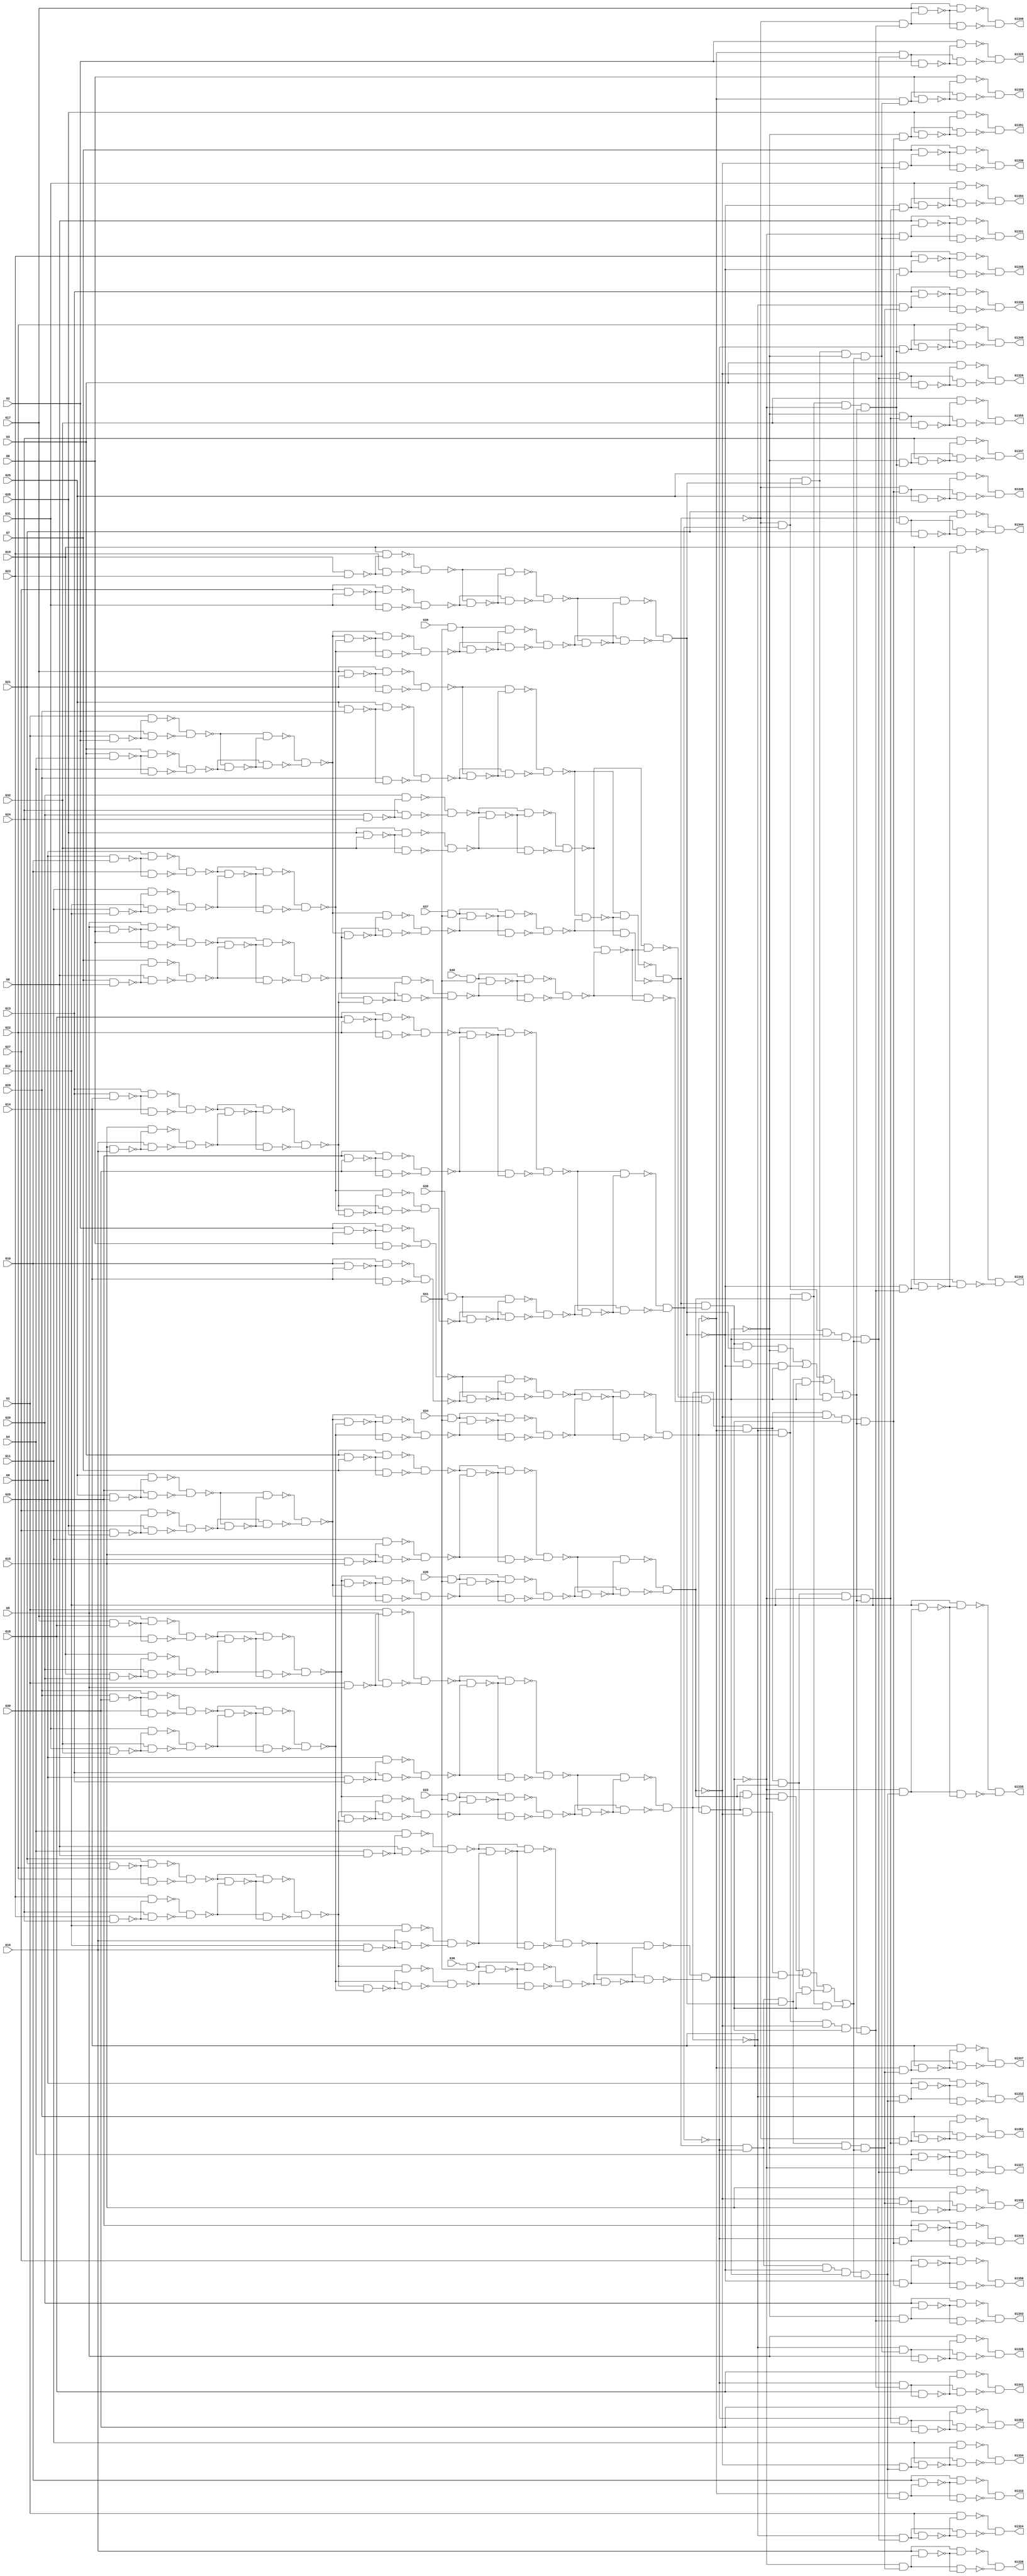
module c1355(G1,G10,G11,G12,G13,G1324,G1325,G1326,G1327,G1328,G1329,G1330,
  G1331,G1332,G1333,G1334,G1335,G1336,G1337,G1338,G1339,G1340,G1341,G1342,
  G1343,G1344,G1345,G1346,G1347,G1348,G1349,G1350,G1351,G1352,G1353,G1354,
  G1355,G14,G15,G16,G17,G18,G19,G2,G20,G21,G22,G23,G24,G25,G26,G27,G28,G29,G3,
  G30,G31,G32,G33,G34,G35,G36,G37,G38,G39,G4,G40,G41,G5,G6,G7,G8,G9);
input G1,G2,G3,G4,G5,G6,G7,G8,G9,G10,G11,G12,G13,G14,G15,G16,G17,G18,G19,G20,
  G21,G22,G23,G24,G25,G26,G27,G28,G29,G30,G31,G32,G33,G34,G35,G36,G37,G38,G39,
  G40,G41;
output G1324,G1325,G1326,G1327,G1328,G1329,G1330,G1331,G1332,G1333,G1334,G1335,
  G1336,G1337,G1338,G1339,G1340,G1341,G1342,G1343,G1344,G1345,G1346,G1347,
  G1348,G1349,G1350,G1351,G1352,G1353,G1354,G1355;

  wire G242,G245,G248,G251,G254,G257,G260,G263,G266,G269,G272,G275,G278,G281,
    G284,G287,G290,G293,G296,G299,G302,G305,G308,G311,G314,G317,G320,G323,G326,
    G329,G332,G335,G338,G341,G344,G347,G350,G353,G356,G359,G362,G363,G364,G365,
    G366,G367,G368,G369,G370,G371,G372,G373,G374,G375,G376,G377,G378,G379,G380,
    G381,G382,G383,G384,G385,G386,G387,G388,G389,G390,G391,G392,G393,G394,G395,
    G396,G397,G398,G399,G400,G401,G402,G403,G404,G405,G406,G407,G408,G409,G410,
    G411,G412,G413,G414,G415,G416,G417,G418,G419,G420,G421,G422,G423,G424,G425,
    G426,G429,G432,G435,G438,G441,G444,G447,G450,G453,G456,G459,G462,G465,G468,
    G471,G474,G477,G480,G483,G486,G489,G492,G495,G498,G501,G504,G507,G510,G513,
    G516,G519,G522,G525,G528,G531,G534,G537,G540,G543,G546,G549,G552,G555,G558,
    G561,G564,G567,G570,G571,G572,G573,G574,G575,G576,G577,G578,G579,G580,G581,
    G582,G583,G584,G585,G586,G587,G588,G589,G590,G591,G592,G593,G594,G595,G596,
    G597,G598,G599,G600,G601,G602,G607,G612,G617,G622,G627,G632,G637,G642,G645,
    G648,G651,G654,G657,G660,G663,G666,G669,G672,G675,G678,G681,G684,G687,G690,
    G691,G692,G693,G694,G695,G696,G697,G698,G699,G700,G701,G702,G703,G704,G705,
    G706,G709,G712,G715,G718,G721,G724,G727,G730,G733,G736,G739,G742,G745,G748,
    G751,G754,G755,G756,G757,G758,G759,G760,G761,G762,G763,G764,G765,G766,G767,
    G768,G769,G770,G773,G776,G779,G782,G785,G788,G791,G794,G797,G800,G803,G806,
    G809,G812,G815,G818,G819,G820,G821,G822,G823,G824,G825,G826,G827,G828,G829,
    G830,G831,G832,G833,G834,G847,G860,G873,G886,G899,G912,G925,G938,G939,G940,
    G941,G942,G943,G944,G945,G946,G947,G948,G949,G950,G951,G952,G953,G954,G955,
    G956,G957,G958,G959,G960,G961,G962,G963,G964,G965,G966,G967,G968,G969,G970,
    G971,G972,G973,G974,G975,G976,G977,G978,G979,G980,G981,G982,G983,G984,G985,
    G986,G991,G996,G1001,G1006,G1011,G1016,G1021,G1026,G1031,G1036,G1039,G1042,
    G1045,G1048,G1051,G1054,G1057,G1060,G1063,G1066,G1069,G1072,G1075,G1078,
    G1081,G1084,G1087,G1090,G1093,G1096,G1099,G1102,G1105,G1108,G1111,G1114,
    G1117,G1120,G1123,G1126,G1129,G1132,G1135,G1138,G1141,G1144,G1147,G1150,
    G1153,G1156,G1159,G1162,G1165,G1168,G1171,G1174,G1177,G1180,G1183,G1186,
    G1189,G1192,G1195,G1198,G1201,G1204,G1207,G1210,G1213,G1216,G1219,G1222,
    G1225,G1228,G1229,G1230,G1231,G1232,G1233,G1234,G1235,G1236,G1237,G1238,
    G1239,G1240,G1241,G1242,G1243,G1244,G1245,G1246,G1247,G1248,G1249,G1250,
    G1251,G1252,G1253,G1254,G1255,G1256,G1257,G1258,G1259,G1260,G1261,G1262,
    G1263,G1264,G1265,G1266,G1267,G1268,G1269,G1270,G1271,G1272,G1273,G1274,
    G1275,G1276,G1277,G1278,G1279,G1280,G1281,G1282,G1283,G1284,G1285,G1286,
    G1287,G1288,G1289,G1290,G1291,G1292,G1293,G1294,G1295,G1296,G1297,G1298,
    G1299,G1300,G1301,G1302,G1303,G1304,G1305,G1306,G1307,G1308,G1309,G1310,
    G1311,G1312,G1313,G1314,G1315,G1316,G1317,G1318,G1319,G1320,G1321,G1322,
    G1323;

  and AND2_0(G242,G33,G41);
  and AND2_1(G245,G34,G41);
  and AND2_2(G248,G35,G41);
  and AND2_3(G251,G36,G41);
  and AND2_4(G254,G37,G41);
  and AND2_5(G257,G38,G41);
  and AND2_6(G260,G39,G41);
  and AND2_7(G263,G40,G41);
  nand NAND2_0(G266,G1,G2);
  nand NAND2_1(G269,G3,G4);
  nand NAND2_2(G272,G5,G6);
  nand NAND2_3(G275,G7,G8);
  nand NAND2_4(G278,G9,G10);
  nand NAND2_5(G281,G11,G12);
  nand NAND2_6(G284,G13,G14);
  nand NAND2_7(G287,G15,G16);
  nand NAND2_8(G290,G17,G18);
  nand NAND2_9(G293,G19,G20);
  nand NAND2_10(G296,G21,G22);
  nand NAND2_11(G299,G23,G24);
  nand NAND2_12(G302,G25,G26);
  nand NAND2_13(G305,G27,G28);
  nand NAND2_14(G308,G29,G30);
  nand NAND2_15(G311,G31,G32);
  nand NAND2_16(G314,G1,G5);
  nand NAND2_17(G317,G9,G13);
  nand NAND2_18(G320,G2,G6);
  nand NAND2_19(G323,G10,G14);
  nand NAND2_20(G326,G3,G7);
  nand NAND2_21(G329,G11,G15);
  nand NAND2_22(G332,G4,G8);
  nand NAND2_23(G335,G12,G16);
  nand NAND2_24(G338,G17,G21);
  nand NAND2_25(G341,G25,G29);
  nand NAND2_26(G344,G18,G22);
  nand NAND2_27(G347,G26,G30);
  nand NAND2_28(G350,G19,G23);
  nand NAND2_29(G353,G27,G31);
  nand NAND2_30(G356,G20,G24);
  nand NAND2_31(G359,G28,G32);
  nand NAND2_32(G362,G1,G266);
  nand NAND2_33(G363,G2,G266);
  nand NAND2_34(G364,G3,G269);
  nand NAND2_35(G365,G4,G269);
  nand NAND2_36(G366,G5,G272);
  nand NAND2_37(G367,G6,G272);
  nand NAND2_38(G368,G7,G275);
  nand NAND2_39(G369,G8,G275);
  nand NAND2_40(G370,G9,G278);
  nand NAND2_41(G371,G10,G278);
  nand NAND2_42(G372,G11,G281);
  nand NAND2_43(G373,G12,G281);
  nand NAND2_44(G374,G13,G284);
  nand NAND2_45(G375,G14,G284);
  nand NAND2_46(G376,G15,G287);
  nand NAND2_47(G377,G16,G287);
  nand NAND2_48(G378,G17,G290);
  nand NAND2_49(G379,G18,G290);
  nand NAND2_50(G380,G19,G293);
  nand NAND2_51(G381,G20,G293);
  nand NAND2_52(G382,G21,G296);
  nand NAND2_53(G383,G22,G296);
  nand NAND2_54(G384,G23,G299);
  nand NAND2_55(G385,G24,G299);
  nand NAND2_56(G386,G25,G302);
  nand NAND2_57(G387,G26,G302);
  nand NAND2_58(G388,G27,G305);
  nand NAND2_59(G389,G28,G305);
  nand NAND2_60(G390,G29,G308);
  nand NAND2_61(G391,G30,G308);
  nand NAND2_62(G392,G31,G311);
  nand NAND2_63(G393,G32,G311);
  nand NAND2_64(G394,G1,G314);
  nand NAND2_65(G395,G5,G314);
  nand NAND2_66(G396,G9,G317);
  nand NAND2_67(G397,G13,G317);
  nand NAND2_68(G398,G2,G320);
  nand NAND2_69(G399,G6,G320);
  nand NAND2_70(G400,G10,G323);
  nand NAND2_71(G401,G14,G323);
  nand NAND2_72(G402,G3,G326);
  nand NAND2_73(G403,G7,G326);
  nand NAND2_74(G404,G11,G329);
  nand NAND2_75(G405,G15,G329);
  nand NAND2_76(G406,G4,G332);
  nand NAND2_77(G407,G8,G332);
  nand NAND2_78(G408,G12,G335);
  nand NAND2_79(G409,G16,G335);
  nand NAND2_80(G410,G17,G338);
  nand NAND2_81(G411,G21,G338);
  nand NAND2_82(G412,G25,G341);
  nand NAND2_83(G413,G29,G341);
  nand NAND2_84(G414,G18,G344);
  nand NAND2_85(G415,G22,G344);
  nand NAND2_86(G416,G26,G347);
  nand NAND2_87(G417,G30,G347);
  nand NAND2_88(G418,G19,G350);
  nand NAND2_89(G419,G23,G350);
  nand NAND2_90(G420,G27,G353);
  nand NAND2_91(G421,G31,G353);
  nand NAND2_92(G422,G20,G356);
  nand NAND2_93(G423,G24,G356);
  nand NAND2_94(G424,G28,G359);
  nand NAND2_95(G425,G32,G359);
  nand NAND2_96(G426,G362,G363);
  nand NAND2_97(G429,G364,G365);
  nand NAND2_98(G432,G366,G367);
  nand NAND2_99(G435,G368,G369);
  nand NAND2_100(G438,G370,G371);
  nand NAND2_101(G441,G372,G373);
  nand NAND2_102(G444,G374,G375);
  nand NAND2_103(G447,G376,G377);
  nand NAND2_104(G450,G378,G379);
  nand NAND2_105(G453,G380,G381);
  nand NAND2_106(G456,G382,G383);
  nand NAND2_107(G459,G384,G385);
  nand NAND2_108(G462,G386,G387);
  nand NAND2_109(G465,G388,G389);
  nand NAND2_110(G468,G390,G391);
  nand NAND2_111(G471,G392,G393);
  nand NAND2_112(G474,G394,G395);
  nand NAND2_113(G477,G396,G397);
  nand NAND2_114(G480,G398,G399);
  nand NAND2_115(G483,G400,G401);
  nand NAND2_116(G486,G402,G403);
  nand NAND2_117(G489,G404,G405);
  nand NAND2_118(G492,G406,G407);
  nand NAND2_119(G495,G408,G409);
  nand NAND2_120(G498,G410,G411);
  nand NAND2_121(G501,G412,G413);
  nand NAND2_122(G504,G414,G415);
  nand NAND2_123(G507,G416,G417);
  nand NAND2_124(G510,G418,G419);
  nand NAND2_125(G513,G420,G421);
  nand NAND2_126(G516,G422,G423);
  nand NAND2_127(G519,G424,G425);
  nand NAND2_128(G522,G426,G429);
  nand NAND2_129(G525,G432,G435);
  nand NAND2_130(G528,G438,G441);
  nand NAND2_131(G531,G444,G447);
  nand NAND2_132(G534,G450,G453);
  nand NAND2_133(G537,G456,G459);
  nand NAND2_134(G540,G462,G465);
  nand NAND2_135(G543,G468,G471);
  nand NAND2_136(G546,G474,G477);
  nand NAND2_137(G549,G480,G483);
  nand NAND2_138(G552,G486,G489);
  nand NAND2_139(G555,G492,G495);
  nand NAND2_140(G558,G498,G501);
  nand NAND2_141(G561,G504,G507);
  nand NAND2_142(G564,G510,G513);
  nand NAND2_143(G567,G516,G519);
  nand NAND2_144(G570,G426,G522);
  nand NAND2_145(G571,G429,G522);
  nand NAND2_146(G572,G432,G525);
  nand NAND2_147(G573,G435,G525);
  nand NAND2_148(G574,G438,G528);
  nand NAND2_149(G575,G441,G528);
  nand NAND2_150(G576,G444,G531);
  nand NAND2_151(G577,G447,G531);
  nand NAND2_152(G578,G450,G534);
  nand NAND2_153(G579,G453,G534);
  nand NAND2_154(G580,G456,G537);
  nand NAND2_155(G581,G459,G537);
  nand NAND2_156(G582,G462,G540);
  nand NAND2_157(G583,G465,G540);
  nand NAND2_158(G584,G468,G543);
  nand NAND2_159(G585,G471,G543);
  nand NAND2_160(G586,G474,G546);
  nand NAND2_161(G587,G477,G546);
  nand NAND2_162(G588,G480,G549);
  nand NAND2_163(G589,G483,G549);
  nand NAND2_164(G590,G486,G552);
  nand NAND2_165(G591,G489,G552);
  nand NAND2_166(G592,G492,G555);
  nand NAND2_167(G593,G495,G555);
  nand NAND2_168(G594,G498,G558);
  nand NAND2_169(G595,G501,G558);
  nand NAND2_170(G596,G504,G561);
  nand NAND2_171(G597,G507,G561);
  nand NAND2_172(G598,G510,G564);
  nand NAND2_173(G599,G513,G564);
  nand NAND2_174(G600,G516,G567);
  nand NAND2_175(G601,G519,G567);
  nand NAND2_176(G602,G570,G571);
  nand NAND2_177(G607,G572,G573);
  nand NAND2_178(G612,G574,G575);
  nand NAND2_179(G617,G576,G577);
  nand NAND2_180(G622,G578,G579);
  nand NAND2_181(G627,G580,G581);
  nand NAND2_182(G632,G582,G583);
  nand NAND2_183(G637,G584,G585);
  nand NAND2_184(G642,G586,G587);
  nand NAND2_185(G645,G588,G589);
  nand NAND2_186(G648,G590,G591);
  nand NAND2_187(G651,G592,G593);
  nand NAND2_188(G654,G594,G595);
  nand NAND2_189(G657,G596,G597);
  nand NAND2_190(G660,G598,G599);
  nand NAND2_191(G663,G600,G601);
  nand NAND2_192(G666,G602,G607);
  nand NAND2_193(G669,G612,G617);
  nand NAND2_194(G672,G602,G612);
  nand NAND2_195(G675,G607,G617);
  nand NAND2_196(G678,G622,G627);
  nand NAND2_197(G681,G632,G637);
  nand NAND2_198(G684,G622,G632);
  nand NAND2_199(G687,G627,G637);
  nand NAND2_200(G690,G602,G666);
  nand NAND2_201(G691,G607,G666);
  nand NAND2_202(G692,G612,G669);
  nand NAND2_203(G693,G617,G669);
  nand NAND2_204(G694,G602,G672);
  nand NAND2_205(G695,G612,G672);
  nand NAND2_206(G696,G607,G675);
  nand NAND2_207(G697,G617,G675);
  nand NAND2_208(G698,G622,G678);
  nand NAND2_209(G699,G627,G678);
  nand NAND2_210(G700,G632,G681);
  nand NAND2_211(G701,G637,G681);
  nand NAND2_212(G702,G622,G684);
  nand NAND2_213(G703,G632,G684);
  nand NAND2_214(G704,G627,G687);
  nand NAND2_215(G705,G637,G687);
  nand NAND2_216(G706,G690,G691);
  nand NAND2_217(G709,G692,G693);
  nand NAND2_218(G712,G694,G695);
  nand NAND2_219(G715,G696,G697);
  nand NAND2_220(G718,G698,G699);
  nand NAND2_221(G721,G700,G701);
  nand NAND2_222(G724,G702,G703);
  nand NAND2_223(G727,G704,G705);
  nand NAND2_224(G730,G242,G718);
  nand NAND2_225(G733,G245,G721);
  nand NAND2_226(G736,G248,G724);
  nand NAND2_227(G739,G251,G727);
  nand NAND2_228(G742,G254,G706);
  nand NAND2_229(G745,G257,G709);
  nand NAND2_230(G748,G260,G712);
  nand NAND2_231(G751,G263,G715);
  nand NAND2_232(G754,G242,G730);
  nand NAND2_233(G755,G718,G730);
  nand NAND2_234(G756,G245,G733);
  nand NAND2_235(G757,G721,G733);
  nand NAND2_236(G758,G248,G736);
  nand NAND2_237(G759,G724,G736);
  nand NAND2_238(G760,G251,G739);
  nand NAND2_239(G761,G727,G739);
  nand NAND2_240(G762,G254,G742);
  nand NAND2_241(G763,G706,G742);
  nand NAND2_242(G764,G257,G745);
  nand NAND2_243(G765,G709,G745);
  nand NAND2_244(G766,G260,G748);
  nand NAND2_245(G767,G712,G748);
  nand NAND2_246(G768,G263,G751);
  nand NAND2_247(G769,G715,G751);
  nand NAND2_248(G770,G754,G755);
  nand NAND2_249(G773,G756,G757);
  nand NAND2_250(G776,G758,G759);
  nand NAND2_251(G779,G760,G761);
  nand NAND2_252(G782,G762,G763);
  nand NAND2_253(G785,G764,G765);
  nand NAND2_254(G788,G766,G767);
  nand NAND2_255(G791,G768,G769);
  nand NAND2_256(G794,G642,G770);
  nand NAND2_257(G797,G645,G773);
  nand NAND2_258(G800,G648,G776);
  nand NAND2_259(G803,G651,G779);
  nand NAND2_260(G806,G654,G782);
  nand NAND2_261(G809,G657,G785);
  nand NAND2_262(G812,G660,G788);
  nand NAND2_263(G815,G663,G791);
  nand NAND2_264(G818,G642,G794);
  nand NAND2_265(G819,G770,G794);
  nand NAND2_266(G820,G645,G797);
  nand NAND2_267(G821,G773,G797);
  nand NAND2_268(G822,G648,G800);
  nand NAND2_269(G823,G776,G800);
  nand NAND2_270(G824,G651,G803);
  nand NAND2_271(G825,G779,G803);
  nand NAND2_272(G826,G654,G806);
  nand NAND2_273(G827,G782,G806);
  nand NAND2_274(G828,G657,G809);
  nand NAND2_275(G829,G785,G809);
  nand NAND2_276(G830,G660,G812);
  nand NAND2_277(G831,G788,G812);
  nand NAND2_278(G832,G663,G815);
  nand NAND2_279(G833,G791,G815);
  nand NAND2_280(G834,G818,G819);
  nand NAND2_281(G847,G820,G821);
  nand NAND2_282(G860,G822,G823);
  nand NAND2_283(G873,G824,G825);
  nand NAND2_284(G886,G828,G829);
  nand NAND2_285(G899,G832,G833);
  nand NAND2_286(G912,G830,G831);
  nand NAND2_287(G925,G826,G827);
  not NOT_0(G938,G834);
  not NOT_1(G939,G847);
  not NOT_2(G940,G860);
  not NOT_3(G941,G834);
  not NOT_4(G942,G847);
  not NOT_5(G943,G873);
  not NOT_6(G944,G834);
  not NOT_7(G945,G860);
  not NOT_8(G946,G873);
  not NOT_9(G947,G847);
  not NOT_10(G948,G860);
  not NOT_11(G949,G873);
  not NOT_12(G950,G886);
  not NOT_13(G951,G899);
  not NOT_14(G952,G886);
  not NOT_15(G953,G912);
  not NOT_16(G954,G925);
  not NOT_17(G955,G899);
  not NOT_18(G956,G925);
  not NOT_19(G957,G912);
  not NOT_20(G958,G925);
  not NOT_21(G959,G886);
  not NOT_22(G960,G912);
  not NOT_23(G961,G925);
  not NOT_24(G962,G886);
  not NOT_25(G963,G899);
  not NOT_26(G964,G925);
  not NOT_27(G965,G912);
  not NOT_28(G966,G899);
  not NOT_29(G967,G886);
  not NOT_30(G968,G912);
  not NOT_31(G969,G899);
  not NOT_32(G970,G847);
  not NOT_33(G971,G873);
  not NOT_34(G972,G847);
  not NOT_35(G973,G860);
  not NOT_36(G974,G834);
  not NOT_37(G975,G873);
  not NOT_38(G976,G834);
  not NOT_39(G977,G860);
  and AND4_0(G978,G938,G939,G940,G873);
  and AND4_1(G979,G941,G942,G860,G943);
  and AND4_2(G980,G944,G847,G945,G946);
  and AND4_3(G981,G834,G947,G948,G949);
  and AND4_4(G982,G958,G959,G960,G899);
  and AND4_5(G983,G961,G962,G912,G963);
  and AND4_6(G984,G964,G886,G965,G966);
  and AND4_7(G985,G925,G967,G968,G969);
  or OR4_0(G986,G978,G979,G980,G981);
  or OR4_1(G991,G982,G983,G984,G985);
  and AND5_0(G996,G925,G950,G912,G951,G986);
  and AND5_1(G1001,G925,G952,G953,G899,G986);
  and AND5_2(G1006,G954,G886,G912,G955,G986);
  and AND5_3(G1011,G956,G886,G957,G899,G986);
  and AND5_4(G1016,G834,G970,G860,G971,G991);
  and AND5_5(G1021,G834,G972,G973,G873,G991);
  and AND5_6(G1026,G974,G847,G860,G975,G991);
  and AND5_7(G1031,G976,G847,G977,G873,G991);
  and AND2_8(G1036,G834,G996);
  and AND2_9(G1039,G847,G996);
  and AND2_10(G1042,G860,G996);
  and AND2_11(G1045,G873,G996);
  and AND2_12(G1048,G834,G1001);
  and AND2_13(G1051,G847,G1001);
  and AND2_14(G1054,G860,G1001);
  and AND2_15(G1057,G873,G1001);
  and AND2_16(G1060,G834,G1006);
  and AND2_17(G1063,G847,G1006);
  and AND2_18(G1066,G860,G1006);
  and AND2_19(G1069,G873,G1006);
  and AND2_20(G1072,G834,G1011);
  and AND2_21(G1075,G847,G1011);
  and AND2_22(G1078,G860,G1011);
  and AND2_23(G1081,G873,G1011);
  and AND2_24(G1084,G925,G1016);
  and AND2_25(G1087,G886,G1016);
  and AND2_26(G1090,G912,G1016);
  and AND2_27(G1093,G899,G1016);
  and AND2_28(G1096,G925,G1021);
  and AND2_29(G1099,G886,G1021);
  and AND2_30(G1102,G912,G1021);
  and AND2_31(G1105,G899,G1021);
  and AND2_32(G1108,G925,G1026);
  and AND2_33(G1111,G886,G1026);
  and AND2_34(G1114,G912,G1026);
  and AND2_35(G1117,G899,G1026);
  and AND2_36(G1120,G925,G1031);
  and AND2_37(G1123,G886,G1031);
  and AND2_38(G1126,G912,G1031);
  and AND2_39(G1129,G899,G1031);
  nand NAND2_288(G1132,G1,G1036);
  nand NAND2_289(G1135,G2,G1039);
  nand NAND2_290(G1138,G3,G1042);
  nand NAND2_291(G1141,G4,G1045);
  nand NAND2_292(G1144,G5,G1048);
  nand NAND2_293(G1147,G6,G1051);
  nand NAND2_294(G1150,G7,G1054);
  nand NAND2_295(G1153,G8,G1057);
  nand NAND2_296(G1156,G9,G1060);
  nand NAND2_297(G1159,G10,G1063);
  nand NAND2_298(G1162,G11,G1066);
  nand NAND2_299(G1165,G12,G1069);
  nand NAND2_300(G1168,G13,G1072);
  nand NAND2_301(G1171,G14,G1075);
  nand NAND2_302(G1174,G15,G1078);
  nand NAND2_303(G1177,G16,G1081);
  nand NAND2_304(G1180,G17,G1084);
  nand NAND2_305(G1183,G18,G1087);
  nand NAND2_306(G1186,G19,G1090);
  nand NAND2_307(G1189,G20,G1093);
  nand NAND2_308(G1192,G21,G1096);
  nand NAND2_309(G1195,G22,G1099);
  nand NAND2_310(G1198,G23,G1102);
  nand NAND2_311(G1201,G24,G1105);
  nand NAND2_312(G1204,G25,G1108);
  nand NAND2_313(G1207,G26,G1111);
  nand NAND2_314(G1210,G27,G1114);
  nand NAND2_315(G1213,G28,G1117);
  nand NAND2_316(G1216,G29,G1120);
  nand NAND2_317(G1219,G30,G1123);
  nand NAND2_318(G1222,G31,G1126);
  nand NAND2_319(G1225,G32,G1129);
  nand NAND2_320(G1228,G1,G1132);
  nand NAND2_321(G1229,G1036,G1132);
  nand NAND2_322(G1230,G2,G1135);
  nand NAND2_323(G1231,G1039,G1135);
  nand NAND2_324(G1232,G3,G1138);
  nand NAND2_325(G1233,G1042,G1138);
  nand NAND2_326(G1234,G4,G1141);
  nand NAND2_327(G1235,G1045,G1141);
  nand NAND2_328(G1236,G5,G1144);
  nand NAND2_329(G1237,G1048,G1144);
  nand NAND2_330(G1238,G6,G1147);
  nand NAND2_331(G1239,G1051,G1147);
  nand NAND2_332(G1240,G7,G1150);
  nand NAND2_333(G1241,G1054,G1150);
  nand NAND2_334(G1242,G8,G1153);
  nand NAND2_335(G1243,G1057,G1153);
  nand NAND2_336(G1244,G9,G1156);
  nand NAND2_337(G1245,G1060,G1156);
  nand NAND2_338(G1246,G10,G1159);
  nand NAND2_339(G1247,G1063,G1159);
  nand NAND2_340(G1248,G11,G1162);
  nand NAND2_341(G1249,G1066,G1162);
  nand NAND2_342(G1250,G12,G1165);
  nand NAND2_343(G1251,G1069,G1165);
  nand NAND2_344(G1252,G13,G1168);
  nand NAND2_345(G1253,G1072,G1168);
  nand NAND2_346(G1254,G14,G1171);
  nand NAND2_347(G1255,G1075,G1171);
  nand NAND2_348(G1256,G15,G1174);
  nand NAND2_349(G1257,G1078,G1174);
  nand NAND2_350(G1258,G16,G1177);
  nand NAND2_351(G1259,G1081,G1177);
  nand NAND2_352(G1260,G17,G1180);
  nand NAND2_353(G1261,G1084,G1180);
  nand NAND2_354(G1262,G18,G1183);
  nand NAND2_355(G1263,G1087,G1183);
  nand NAND2_356(G1264,G19,G1186);
  nand NAND2_357(G1265,G1090,G1186);
  nand NAND2_358(G1266,G20,G1189);
  nand NAND2_359(G1267,G1093,G1189);
  nand NAND2_360(G1268,G21,G1192);
  nand NAND2_361(G1269,G1096,G1192);
  nand NAND2_362(G1270,G22,G1195);
  nand NAND2_363(G1271,G1099,G1195);
  nand NAND2_364(G1272,G23,G1198);
  nand NAND2_365(G1273,G1102,G1198);
  nand NAND2_366(G1274,G24,G1201);
  nand NAND2_367(G1275,G1105,G1201);
  nand NAND2_368(G1276,G25,G1204);
  nand NAND2_369(G1277,G1108,G1204);
  nand NAND2_370(G1278,G26,G1207);
  nand NAND2_371(G1279,G1111,G1207);
  nand NAND2_372(G1280,G27,G1210);
  nand NAND2_373(G1281,G1114,G1210);
  nand NAND2_374(G1282,G28,G1213);
  nand NAND2_375(G1283,G1117,G1213);
  nand NAND2_376(G1284,G29,G1216);
  nand NAND2_377(G1285,G1120,G1216);
  nand NAND2_378(G1286,G30,G1219);
  nand NAND2_379(G1287,G1123,G1219);
  nand NAND2_380(G1288,G31,G1222);
  nand NAND2_381(G1289,G1126,G1222);
  nand NAND2_382(G1290,G32,G1225);
  nand NAND2_383(G1291,G1129,G1225);
  nand NAND2_384(G1292,G1228,G1229);
  nand NAND2_385(G1293,G1230,G1231);
  nand NAND2_386(G1294,G1232,G1233);
  nand NAND2_387(G1295,G1234,G1235);
  nand NAND2_388(G1296,G1236,G1237);
  nand NAND2_389(G1297,G1238,G1239);
  nand NAND2_390(G1298,G1240,G1241);
  nand NAND2_391(G1299,G1242,G1243);
  nand NAND2_392(G1300,G1244,G1245);
  nand NAND2_393(G1301,G1246,G1247);
  nand NAND2_394(G1302,G1248,G1249);
  nand NAND2_395(G1303,G1250,G1251);
  nand NAND2_396(G1304,G1252,G1253);
  nand NAND2_397(G1305,G1254,G1255);
  nand NAND2_398(G1306,G1256,G1257);
  nand NAND2_399(G1307,G1258,G1259);
  nand NAND2_400(G1308,G1260,G1261);
  nand NAND2_401(G1309,G1262,G1263);
  nand NAND2_402(G1310,G1264,G1265);
  nand NAND2_403(G1311,G1266,G1267);
  nand NAND2_404(G1312,G1268,G1269);
  nand NAND2_405(G1313,G1270,G1271);
  nand NAND2_406(G1314,G1272,G1273);
  nand NAND2_407(G1315,G1274,G1275);
  nand NAND2_408(G1316,G1276,G1277);
  nand NAND2_409(G1317,G1278,G1279);
  nand NAND2_410(G1318,G1280,G1281);
  nand NAND2_411(G1319,G1282,G1283);
  nand NAND2_412(G1320,G1284,G1285);
  nand NAND2_413(G1321,G1286,G1287);
  nand NAND2_414(G1322,G1288,G1289);
  nand NAND2_415(G1323,G1290,G1291);
  not NOT_40(G1324,G1292);
  not NOT_41(G1325,G1293);
  not NOT_42(G1326,G1294);
  not NOT_43(G1327,G1295);
  not NOT_44(G1328,G1296);
  not NOT_45(G1329,G1297);
  not NOT_46(G1330,G1298);
  not NOT_47(G1331,G1299);
  not NOT_48(G1332,G1300);
  not NOT_49(G1333,G1301);
  not NOT_50(G1334,G1302);
  not NOT_51(G1335,G1303);
  not NOT_52(G1336,G1304);
  not NOT_53(G1337,G1305);
  not NOT_54(G1338,G1306);
  not NOT_55(G1339,G1307);
  not NOT_56(G1340,G1308);
  not NOT_57(G1341,G1309);
  not NOT_58(G1342,G1310);
  not NOT_59(G1343,G1311);
  not NOT_60(G1344,G1312);
  not NOT_61(G1345,G1313);
  not NOT_62(G1346,G1314);
  not NOT_63(G1347,G1315);
  not NOT_64(G1348,G1316);
  not NOT_65(G1349,G1317);
  not NOT_66(G1350,G1318);
  not NOT_67(G1351,G1319);
  not NOT_68(G1352,G1320);
  not NOT_69(G1353,G1321);
  not NOT_70(G1354,G1322);
  not NOT_71(G1355,G1323);

endmodule